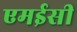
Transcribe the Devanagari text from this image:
एमईसी